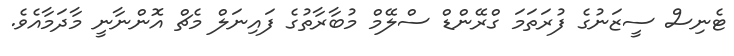
ޓެނިސް ސީޒަނުގެ ފުރަތަމަ ގްރޭންޑް ސްލޭމް މުބާރާތުގެ ފައިނަލް މެޗް އޮންނާނީ މާދަމާއެވެ.